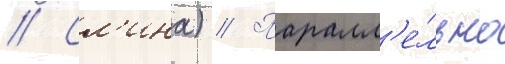
// Сл'ина) // Паралл'е́льно